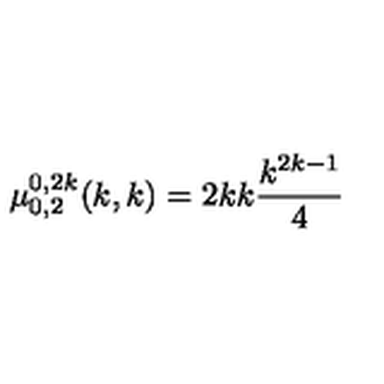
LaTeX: \mu _ { 0 , 2 } ^ { 0 , 2 k } ( k , k ) = { \binom { 2 k } { k } } { \frac { k ^ { 2 k - 1 } } { 4 } }